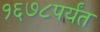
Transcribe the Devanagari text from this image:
१६७८पर्यंत